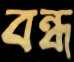
বন্ধ